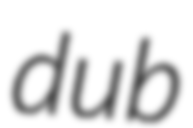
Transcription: dub